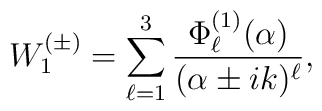
W^{(\pm)}_1=\sum_{\ell=1}^{3}\frac{\Phi^{(1)}_{\ell}(\alpha)}{(\alpha\pm ik)^{\ell}},